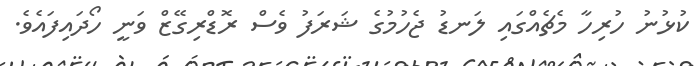
ކުޅުނު ހުރިހާ މެޗެއްގައި ލަނޑު ޖެހުމުގެ ޝަރަފު ވެސް ރޮޑްރިގޭޒް ވަނީ ހޯދައިފައެވެ.